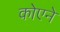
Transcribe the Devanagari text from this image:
कोएने